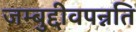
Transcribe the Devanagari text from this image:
जम्बुद्दीवपन्नति